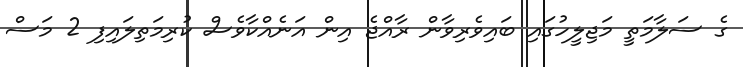
ގެ ސަލާމަތީ މަޖިލީހުގައި ބައިވެރިވާން ރާއްޖެ އިން އަނެއްކާވެސް ކުރިމަތިލައިފި 2 މަސް